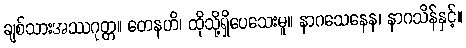
ချစ်သားအဿဂုတ္တ။ တေနဟိ၊ ထိုသို့ရှိပေသေးမူ။ နာဂသေနေန၊ နာဂသိန်နှင့်။